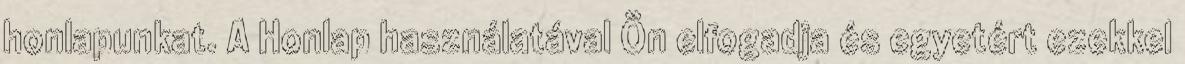
honlapunkat. A Honlap használatával Ön elfogadja és egyetért ezekkel